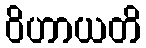
ဝိဟာယတိ